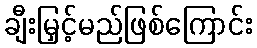
ချီးမြှင့်မည်ဖြစ်ကြောင်း